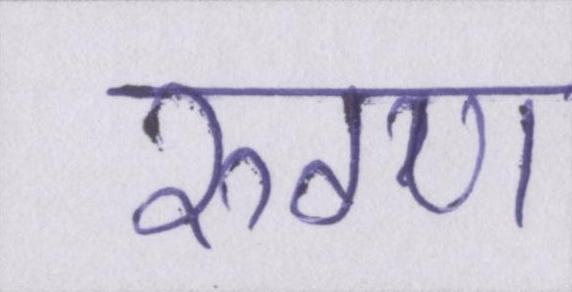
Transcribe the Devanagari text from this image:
रुग्ण